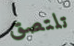
تلتصق